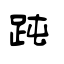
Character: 𧿬